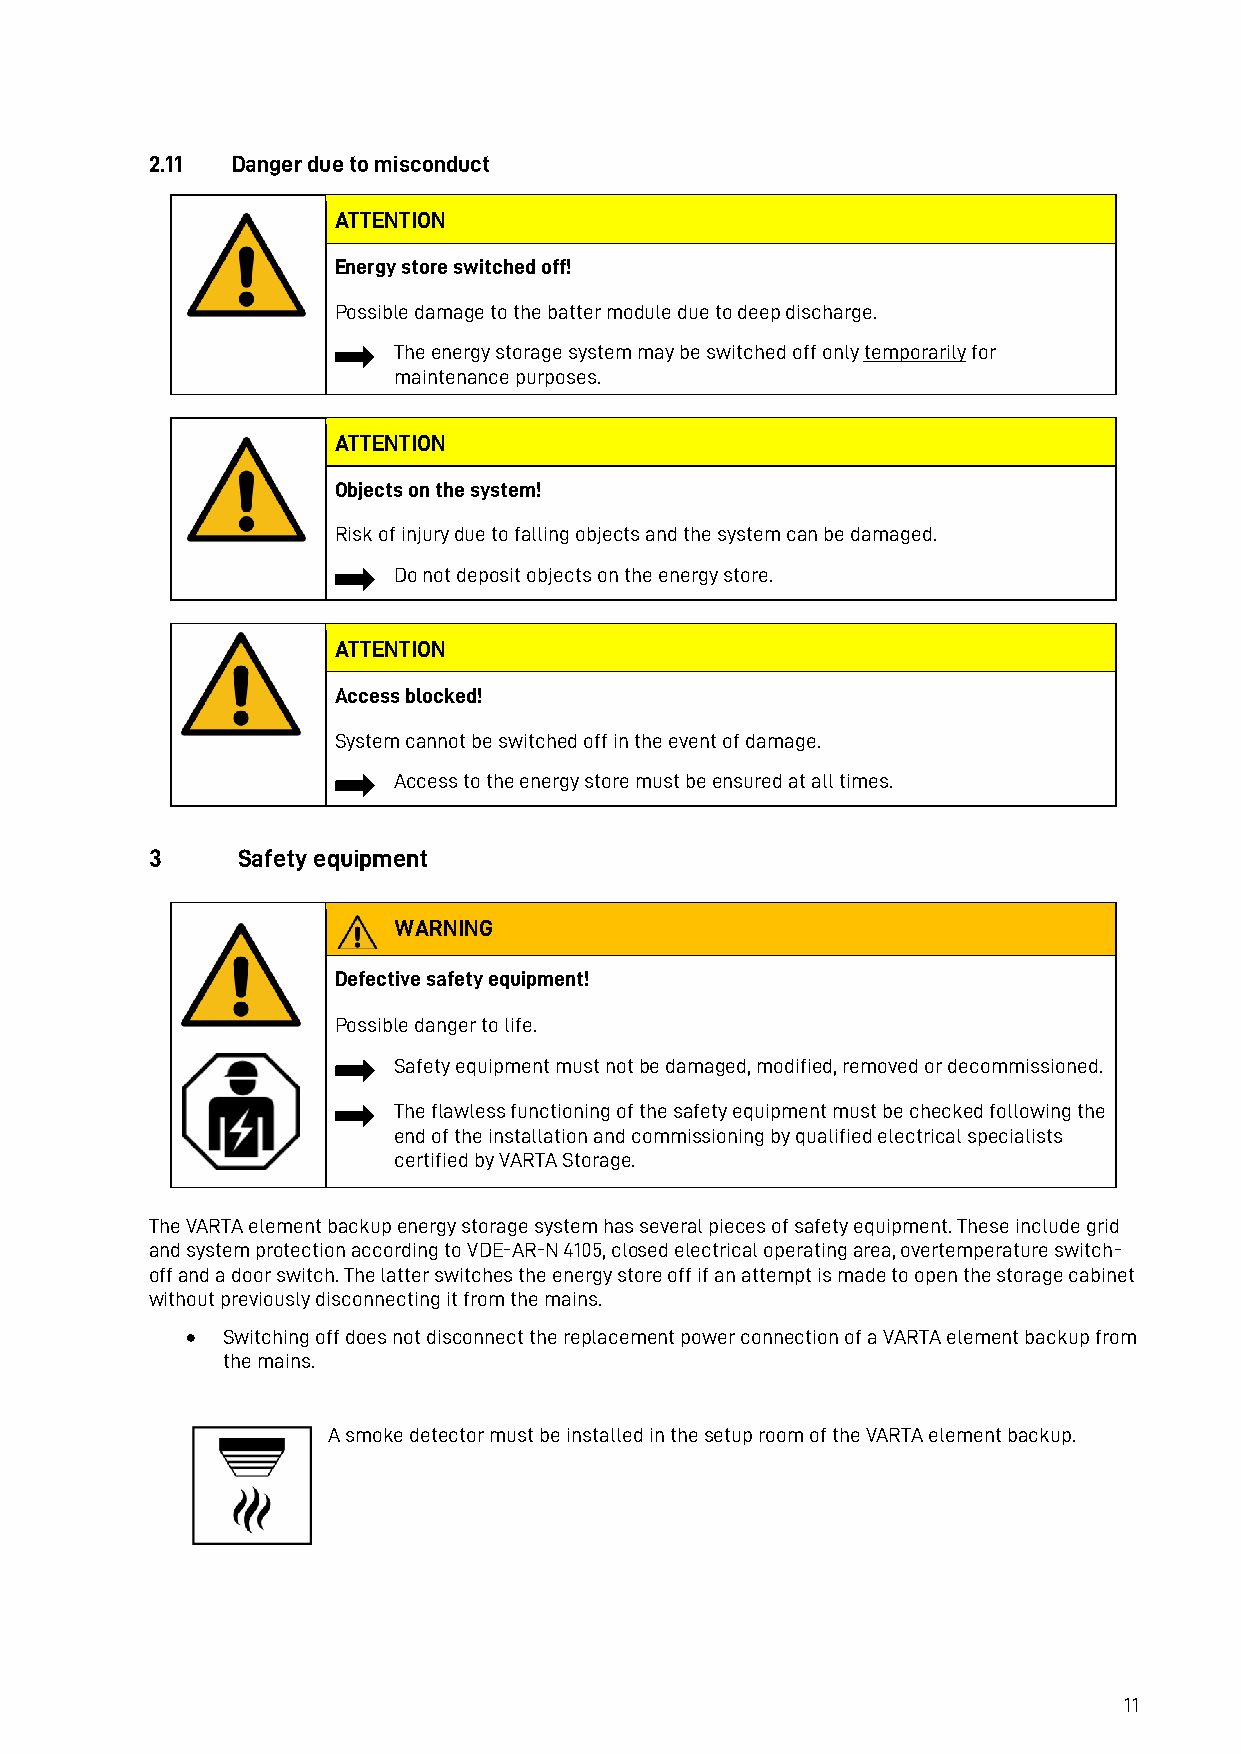
2.11 Danger due to misconduct
 ATTENTION
 Energy store switched off!
 Possible damage to the batter module due to deep discharge.
 The energy storage system may be switched off only temporarily for
 maintenance purposes.
 ATTENTION
 Objects on the system!
 Risk of injury due to falling objects and the system can be damaged.
 Do not deposit objects on the energy store.
 ATTENTION
 Access blocked!
 System cannot be switched off in the event of damage.
 Access to the energy store must be ensured at all times.
 3     Safety equipment
 WARNING
 Defective safety equipment!
 Possible danger to life.
 Safety equipment must not be damaged, modified, removed or decommissioned.
 The flawless functioning of the safety equipment must be checked following the
 end of the installation and commissioning by qualified electrical specialists
 certified by VARTA Storage.
 The VARTA element backup energy storage system has several pieces of safety equipment. These include grid
 and system protection according to VDE-AR-N 4105, closed electrical operating area, overtemperature switch-
 off and a door switch. The latter switches the energy store off if an attempt is made to open the storage cabinet
 without previously disconnecting it from the mains.
 •  Switching off does not disconnect the replacement power connection of a VARTA element backup from
 the mains.
 A smoke detector must be installed in the setup room of the VARTA element backup.
 11